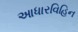
આધારવિહિન